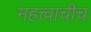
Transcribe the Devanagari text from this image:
महत्त्वाचीच